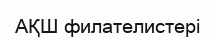
АҚШ филателистері